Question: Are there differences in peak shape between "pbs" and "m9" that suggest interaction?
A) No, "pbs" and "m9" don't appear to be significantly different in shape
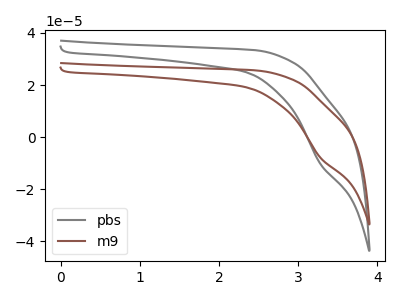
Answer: <think>The gray curve "pbs" has a cathodic peak at: (3.30V, -10.25uA). The brown curve "m9" has a cathodic peak at: (3.30V, -7.90uA).
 All the peaks in "pbs" have a peak in "m9" at the same potential. Every peak in "pbs" is higher than every peak in "m9".</think>
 <answer>A) No, "pbs" and "m9" don't appear to be significantly different in shape</answer>
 <eval>A</eval>